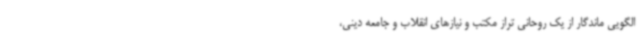
الگویی ماندگار از یک روحانی تراز مکتب و نیازهای انقلاب و جامعه دینی،